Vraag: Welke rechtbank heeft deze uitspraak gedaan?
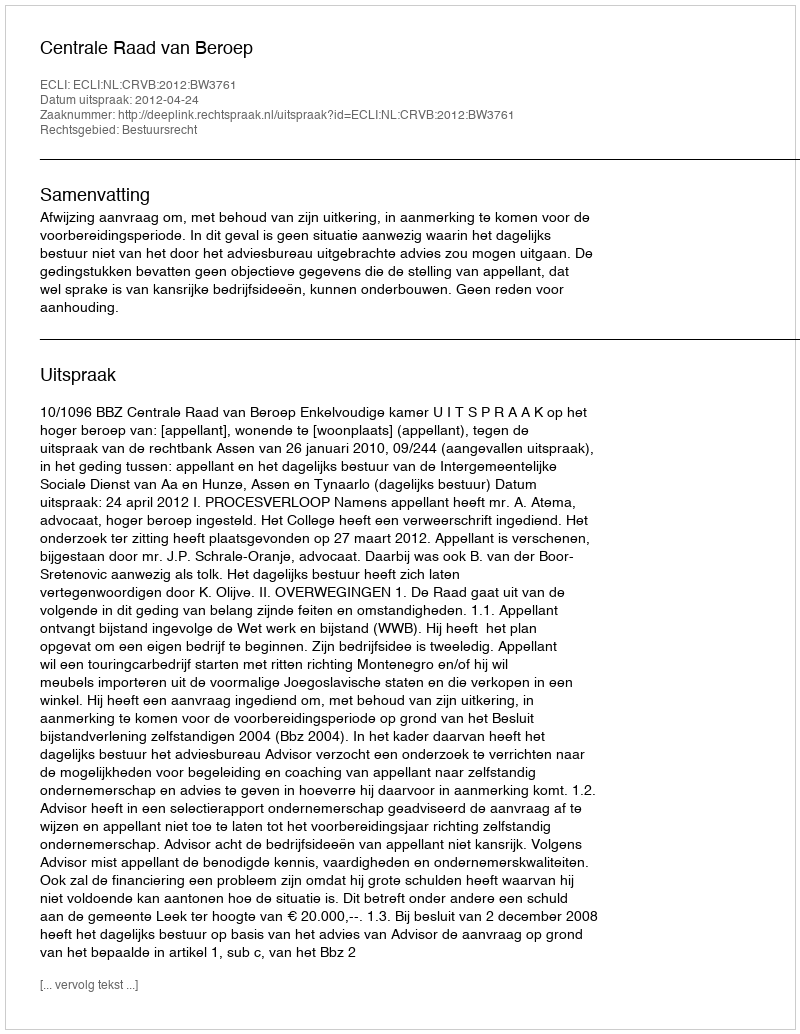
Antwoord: Centrale Raad van Beroep